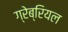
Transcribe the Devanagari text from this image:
ग्रेब्रियल